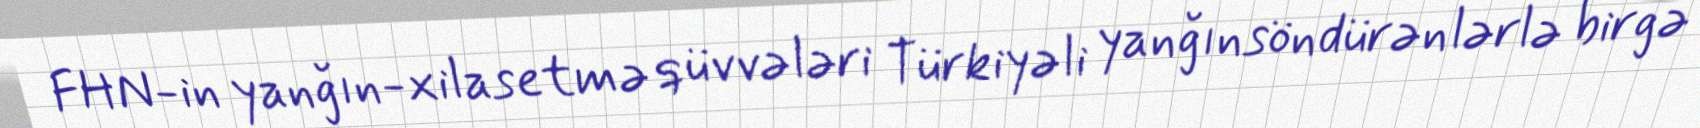
FHN-in yanğın-xilasetmə qüvvələri Türkiyəli yanğınsöndürənlərlə birgə